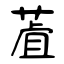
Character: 蔖